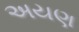
અયણ